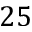
2 5